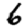
Digit: 6